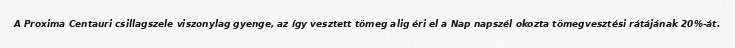
A Proxima Centauri csillagszele viszonylag gyenge, az így vesztett tömeg alig éri el a Nap napszél okozta tömegvesztési rátájának 20%-át.